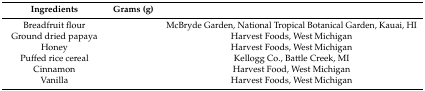
<table><thead><tr><td><b>Ingredients</b></td><td><b>Grams (g)</b></td><td>[EMPTY_CELL]</td></tr></thead><tbody><tr><td>Breadfruit flour</td><td>[EMPTY_CELL]</td><td>McBryde Garden, National Tropical Botanical Garden, Kauai, HI</td></tr><tr><td>Ground dried papaya</td><td>[EMPTY_CELL]</td><td>Harvest Foods, West Michigan</td></tr><tr><td>Honey</td><td>[EMPTY_CELL]</td><td>Harvest Foods, West Michigan</td></tr><tr><td>Puffed rice cereal</td><td>[EMPTY_CELL]</td><td>Kellogg Co., Battle Creek, MI</td></tr><tr><td>Cinnamon</td><td>[EMPTY_CELL]</td><td>Harvest Food, West Michigan</td></tr><tr><td>Vanilla</td><td>[EMPTY_CELL]</td><td>Harvest Foods, West Michigan</td></tr></tbody></table>